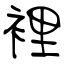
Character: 裡